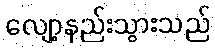
လျော့နည်းသွားသည်